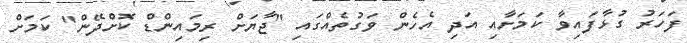
ފަހަރު ގުޅާފައިވާ ކަމަށާއި އަދި އެހެން ވަގުތެއްގައި "ޖާޔަށް ރިމައިންޑް ކޮށްދޭން" ކަމަށް